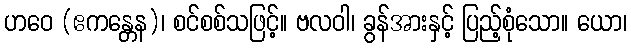
ဟဝေ (ဧကန္တေန)၊ စင်စစ်သဖြင့်။ ဗလဝါ၊ ခွန်အားနှင့် ပြည့်စုံသော။ ယော၊